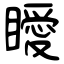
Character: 瞹